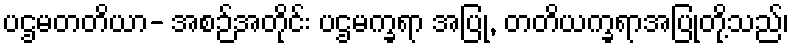
ပဌမတတိယာ- အစဉ်အတိုင်း ပဌမက္ခရာ အပြု, တတိယက္ခရာအပြုတို့သည်၊